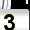
Digit: 3